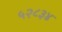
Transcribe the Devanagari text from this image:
५२८३४